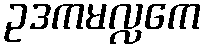
ဥဒကမလ္လကေ